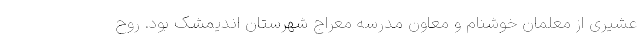
عشیری از معلمان خوشنام و معاون مدرسه معراج شهرستان اندیمشک بود. روح